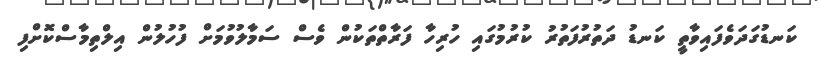
ކަނޑުގަދަވެފައިވާތީ ކަނޑު ދަތުރުފަތުރު ކުރުމުގައި ހުރިހާ ފަރާތްތަކުން ވެސް ސަމާލުވުމަށް ފުހުލުން އިލްތިމާސްކޮށްފި